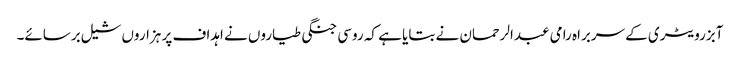
آبزرویٹری کے سربراہ رامی عبدالرحمان نے بتایا ہے کہ روسی جنگی طیاروں نے اہداف پر ہزاروں شیل برسائے۔